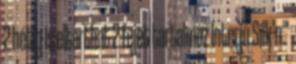
2 hétig is eltarthat 2 fejet tartalmaz Interjú Silk’n™